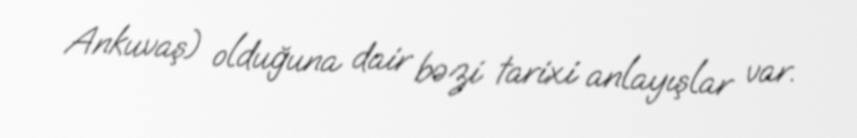
Ankuvaş) olduğuna dair bəzi tarixi anlayışlar var.